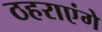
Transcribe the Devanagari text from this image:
ठहराएंगे